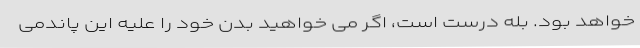
خواهد بود. بله درست است، اگر می خواهید بدن خود را علیه این پاندمی